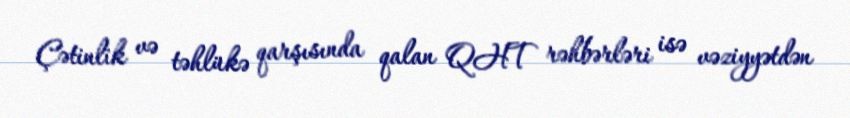
Çətinlik və təhlükə qarşısında qalan QHT rəhbərləri isə vəziyyətdən